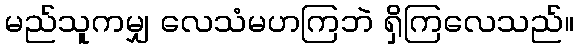
မည်သူကမျှ လေသံမဟကြဘဲ ရှိကြလေသည်။